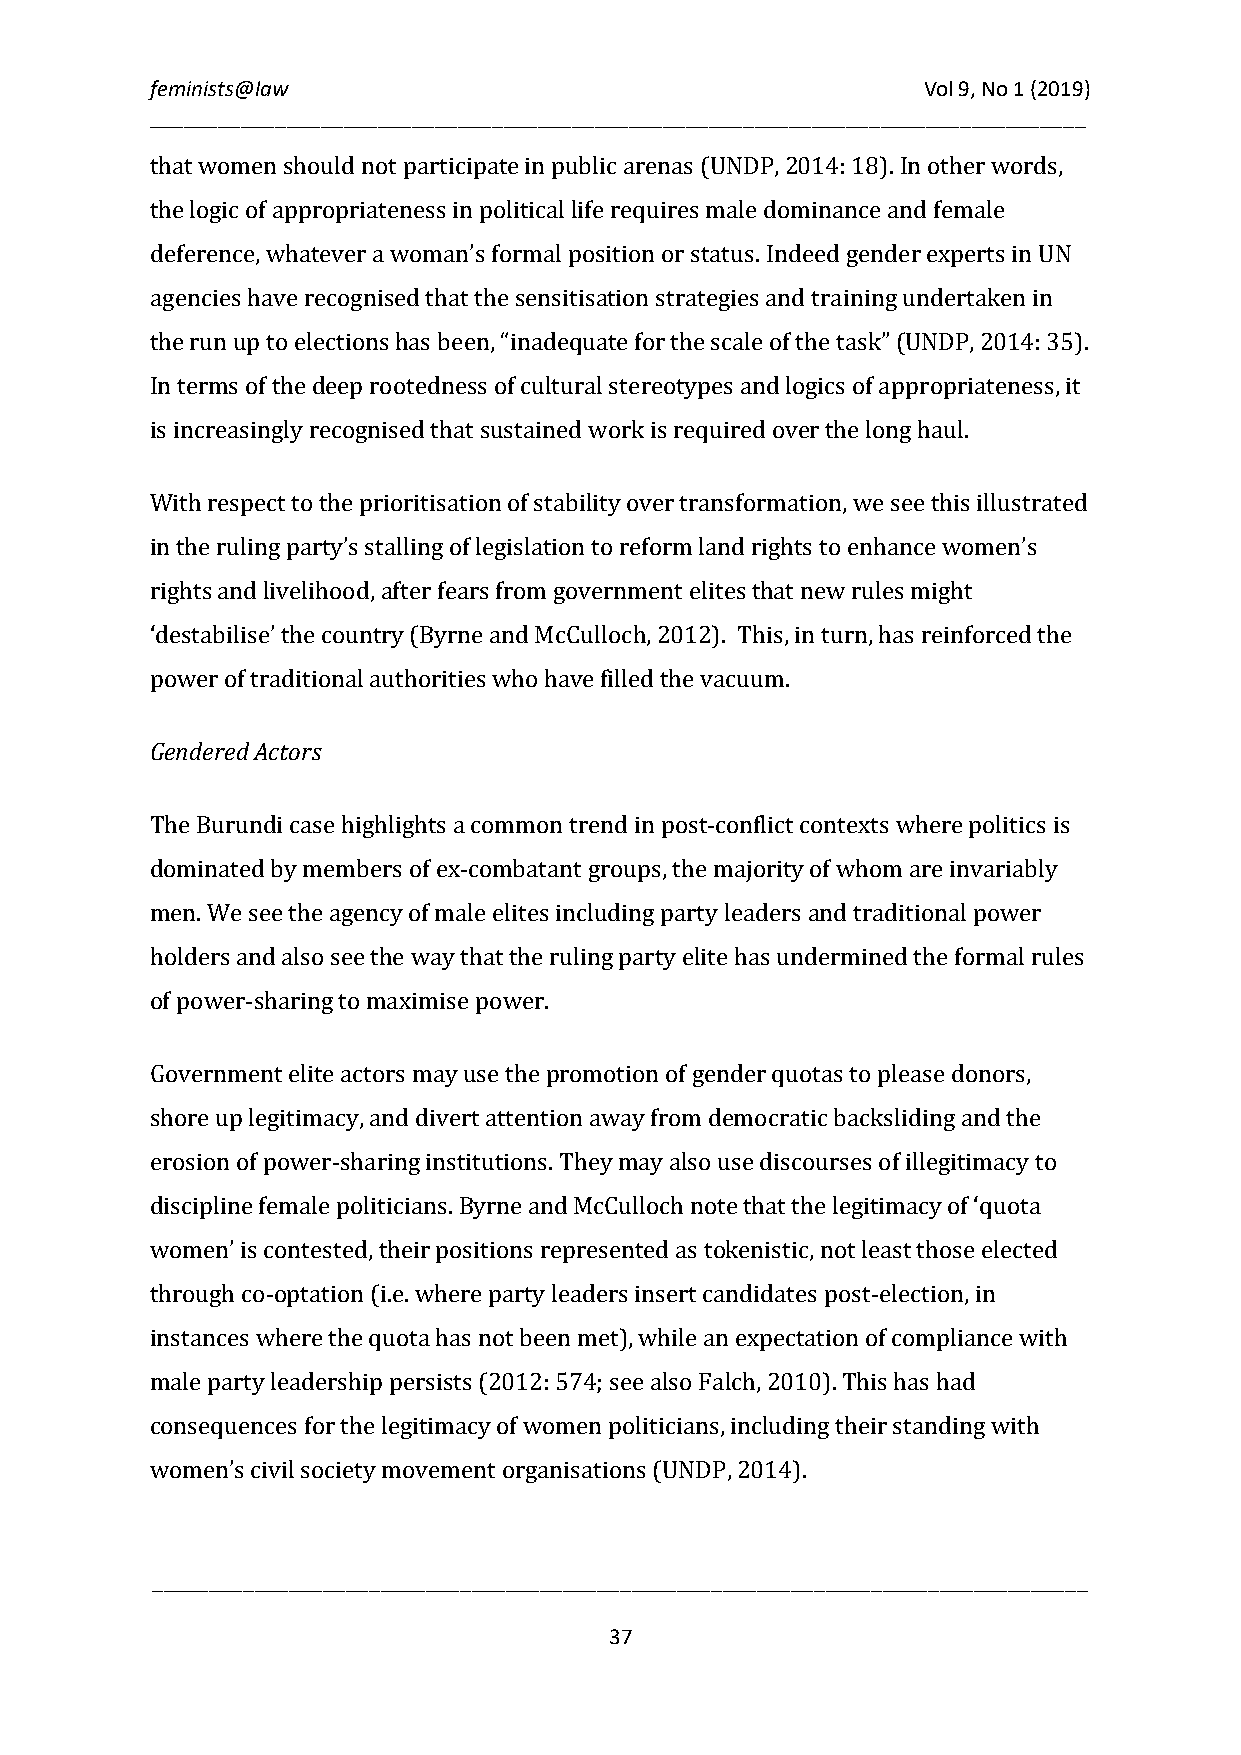
feminists@law                                      Vol 9, No 1 (2019)
 __________________________________________________________________________________
 that women should not participate in public arenas (UNDP, 2014: 18). In other words,
 the logic of appropriateness in political life requires male dominance and female
 deference, whatever a woman’s formal position or status. Indeed gender experts in UN
 agencies have recognised that the sensitisation strategies and training undertaken in
 the run up to elections has been, “inadequate for the scale of the task” (UNDP, 2014: 35).
 In terms of the deep rootedness of cultural stereotypes and logics of appropriateness, it
 is increasingly recognised that sustained work is required over the long haul.
 With respect to the prioritisation of stability over transformation, we see this illustrated
 in the ruling party’s stalling of legislation to reform land rights to enhance women’s
 rights and livelihood, after fears from government elites that new rules might
 ‘destabilise’ the country (Byrne and McCulloch, 2012). This, in turn, has reinforced the
 power of traditional authorities who have filled the vacuum.
 Gendered Actors
 The Burundi case highlights a common trend in post-conflict contexts where politics is
 dominated by members of ex-combatant groups, the majority of whom are invariably
 men. We see the agency of male elites including party leaders and traditional power
 holders and also see the way that the ruling party elite has undermined the formal rules
 of power-sharing to maximise power.
 Government elite actors may use the promotion of gender quotas to please donors,
 shore up legitimacy, and divert attention away from democratic backsliding and the
 erosion of power-sharing institutions. They may also use discourses of illegitimacy to
 discipline female politicians. Byrne and McCulloch note that the legitimacy of ‘quota
 women’ is contested, their positions represented as tokenistic, not least those elected
 through co-optation (i.e. where party leaders insert candidates post-election, in
 instances where the quota has not been met), while an expectation of compliance with
 male party leadership persists (2012: 574; see also Falch, 2010). This has had
 consequences for the legitimacy of women politicians, including their standing with
 women’s civil society movement organisations (UNDP, 2014).
 __________________________________________________________________________________
 37